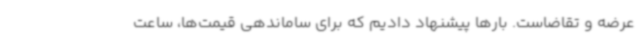
عرضه و تقاضاست. بارها پیشنهاد دادیم که برای ساماندهی قیمت‌ها، ساعت